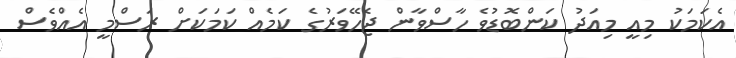
އެކަމަކު މިއީ މިއަދު ކަންބޮޑުވެ ހާސްވާން ޖެހޭވަރުގެ ކަމެއް ކަމަކަށް ރަސްމީ އެއްވެސް